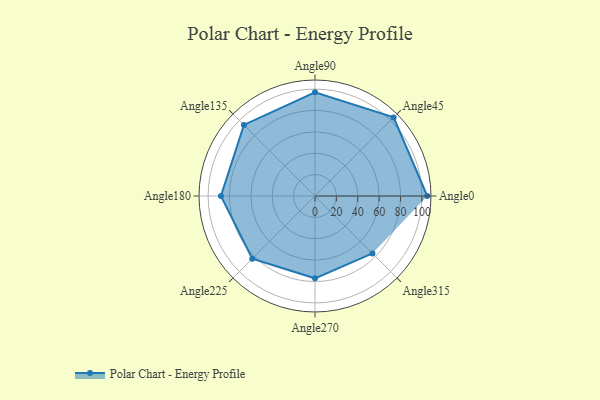
{"axis": {"x": "Angle", "y": "Radius"}, "legend": [""], "data": [{"x": "Angle0", "y": 105.0, "type": ""}, {"x": "Angle45", "y": 104.0, "type": ""}, {"x": "Angle90", "y": 97.0, "type": ""}, {"x": "Angle135", "y": 94.0, "type": ""}, {"x": "Angle180", "y": 88.0, "type": ""}, {"x": "Angle225", "y": 83.0, "type": ""}, {"x": "Angle270", "y": 77.0, "type": ""}, {"x": "Angle315", "y": 76.0, "type": ""}]}